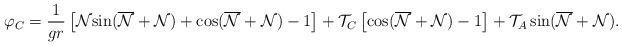
LaTeX: \begin{align*}\varphi_C=\frac{1}{gr}\left[{\cal{N}}{\sin}(\overline{\cal{N}}+{\cal{N}})+{\cos}(\overline{\cal{N}}+{\cal{N}})-1\right]+{\cal T}_C\left[{\cos}(\overline{\cal{N}}+{\cal{N}})-1\right]+{\cal T}_A\,{\sin}(\overline{\cal{N}}+{\cal{N}}).\end{align*}